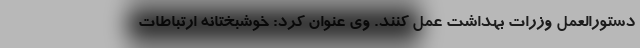
دستورالعمل وزرات بهداشت عمل کنند. وی عنوان کرد: خوشبختانه ارتباطات